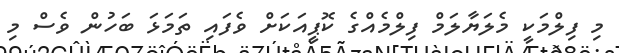
މި ފިލްމަކީ މެލަޔާލަމް ފިލްމެއްގެ ކޮޕީއަކަށް ވެފައި ތަމަޅަ ބަހުން ވެސް މި